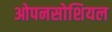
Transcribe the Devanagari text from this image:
ओपनसोशियल